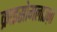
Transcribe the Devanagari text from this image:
क्राइसोमलाउज़ा